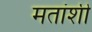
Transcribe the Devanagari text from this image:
मतांशी